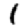
Digit: 1